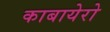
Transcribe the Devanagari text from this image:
काबायेरो